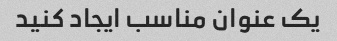
یک عنوان مناسب ایجاد کنید